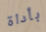
بأداة